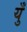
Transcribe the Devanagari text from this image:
युँ